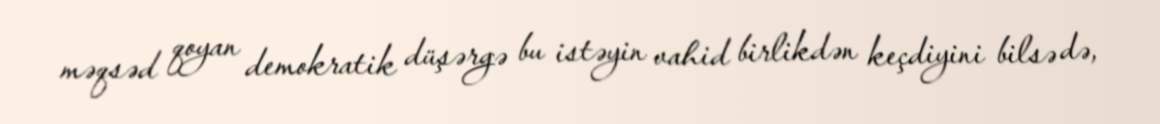
məqsəd qoyan demokratik düşərgə bu istəyin vahid birlikdən keçdiyini bilsə də,